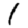
Digit: 1